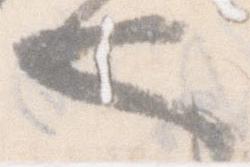
也